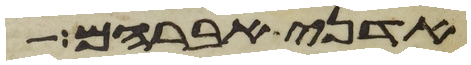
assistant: אדני אברהם